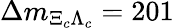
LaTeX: \Delta m_{\Xi_{c}\Lambda_{c}}=201